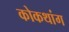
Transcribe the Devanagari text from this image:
कोकथांग